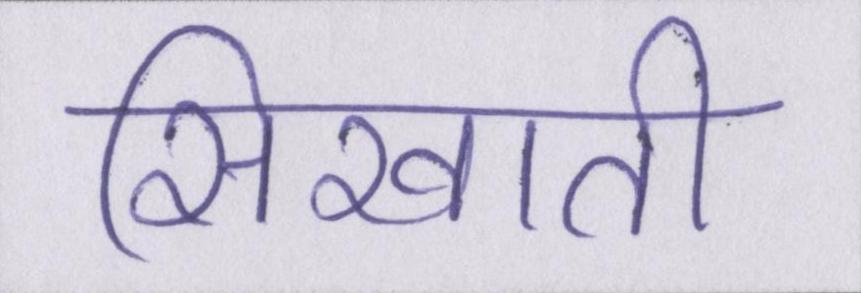
सिखाती